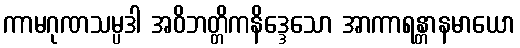
ကာမဂုဏသမ္ပဒါ အဝိဘတ္တိကနိဒ္ဒေသော အာကာရန္တာနမာယော